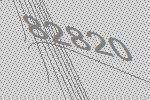
82820